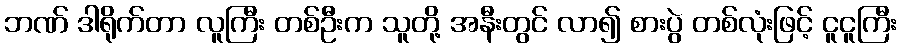
ဘဏ် ဒါရိုက်တာ လူကြီး တစ်ဦးက သူတို့ အနီးတွင် လာ၍ စားပွဲ တစ်လုံးဖြင့် ငူငူကြီး